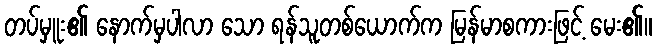
တပ်မှူး၏ နောက်မှပါလာ သော ရန်သူတစ်ယောက်က မြန်မာစကားဖြင့် မေး၏။